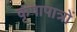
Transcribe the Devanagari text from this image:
कृपापात्रों